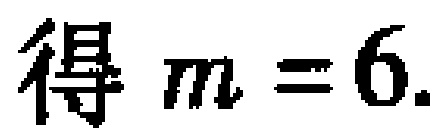
得 \(m = 6\).